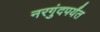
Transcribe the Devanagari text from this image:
नरगुंदपर्यंत